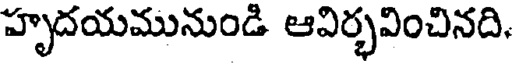
హృదయమునుండి ఆవిర్భవించినది.